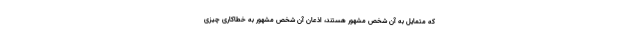
که متمایل به آن شخص مشهور هستند، اذعان آن شخص مشهور به خطاکاریْ چیزی